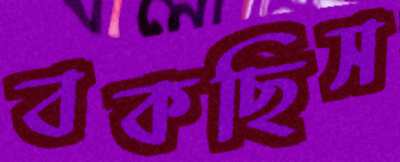
বকছিস